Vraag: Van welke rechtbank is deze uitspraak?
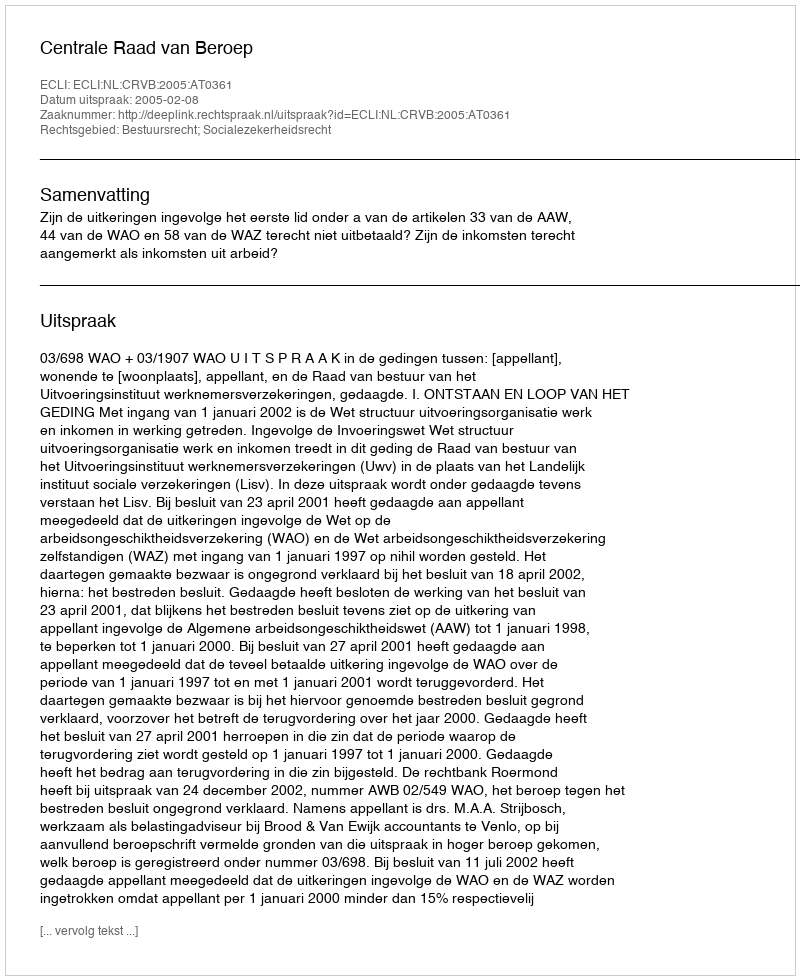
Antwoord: Centrale Raad van Beroep